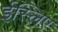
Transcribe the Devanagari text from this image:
ईस्लिए